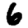
Digit: 6